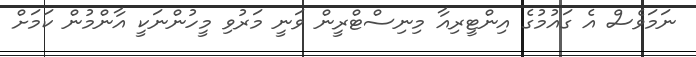
ނަމަވެސް އެ ގައުމުގެ އިންޓީރިއާ މިނިސްޓްރީން ވަނީ މަރުވި މީހުންނަކީ އާންމުން ކަމަށް